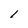
Character: l